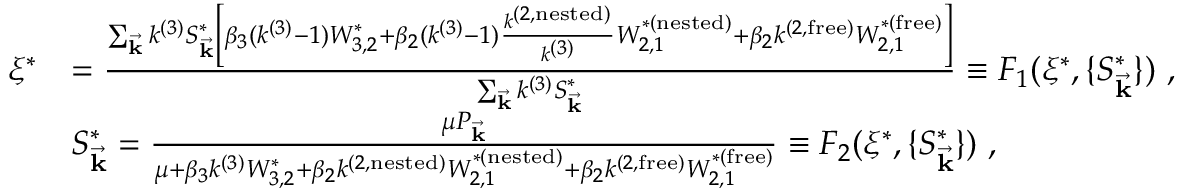
\begin{array} { r l } { \xi ^ { * } } & { = \frac { \sum _ { \vec { \mathbf { k } } } k ^ { ( 3 ) } S _ { \vec { \mathbf { k } } } ^ { * } \left[ \beta _ { 3 } ( k ^ { ( 3 ) } - 1 ) W _ { 3 , 2 } ^ { * } + \beta _ { 2 } ( k ^ { ( 3 ) } - 1 ) \frac { k ^ { ( 2 , \mathrm { n e s t e d } ) } } { k ^ { ( 3 ) } } W _ { 2 , 1 } ^ { * ( \mathrm { n e s t e d } ) } + \beta _ { 2 } k ^ { ( 2 , \mathrm { f r e e } ) } W _ { 2 , 1 } ^ { * ( \mathrm { f r e e } ) } \right] } { \sum _ { \vec { \mathbf { k } } } k ^ { ( 3 ) } S _ { \vec { \mathbf { k } } } ^ { * } } \equiv F _ { 1 } ( \xi ^ { * } , \{ S _ { \vec { \mathbf { k } } } ^ { * } \} ) ~ , } \\ & { S _ { \vec { \mathbf { k } } } ^ { * } = \frac { { \mu } P _ { \vec { \mathbf { k } } } } { \mu + \beta _ { 3 } k ^ { ( 3 ) } W _ { 3 , 2 } ^ { * } + \beta _ { 2 } k ^ { ( 2 , \mathrm { n e s t e d } ) } W _ { 2 , 1 } ^ { * ( \mathrm { n e s t e d } ) } + \beta _ { 2 } k ^ { ( 2 , \mathrm { f r e e } ) } W _ { 2 , 1 } ^ { * ( \mathrm { f r e e } ) } } \equiv F _ { 2 } ( \xi ^ { * } , \{ S _ { \vec { \mathbf { k } } } ^ { * } \} ) ~ , } \end{array}